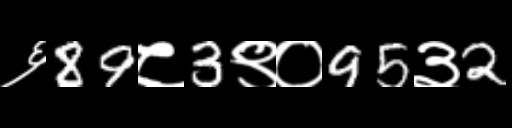
Text: ६89८3९०95३2